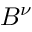
B ^ { \nu }